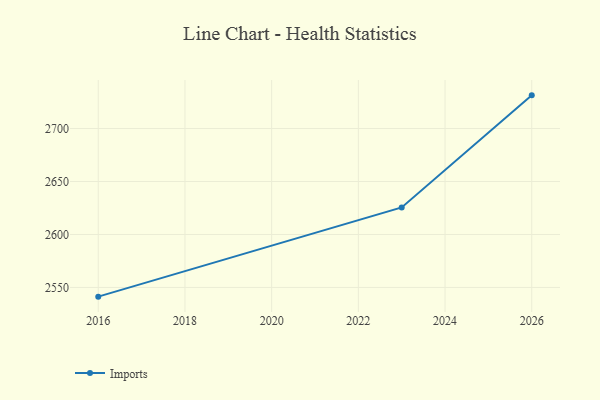
{"axis": {"x": "Year", "y": "Tickets Resolved"}, "legend": ["Imports"], "data": [{"x": "2026", "y": 2731.3, "type": "Imports"}, {"x": "2023", "y": 2625.5, "type": "Imports"}, {"x": "2016", "y": 2541.3, "type": "Imports"}]}